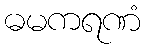
ဓမကရဏံ